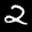
Label: 2